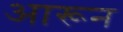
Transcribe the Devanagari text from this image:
आरून